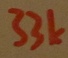
Text: 33k